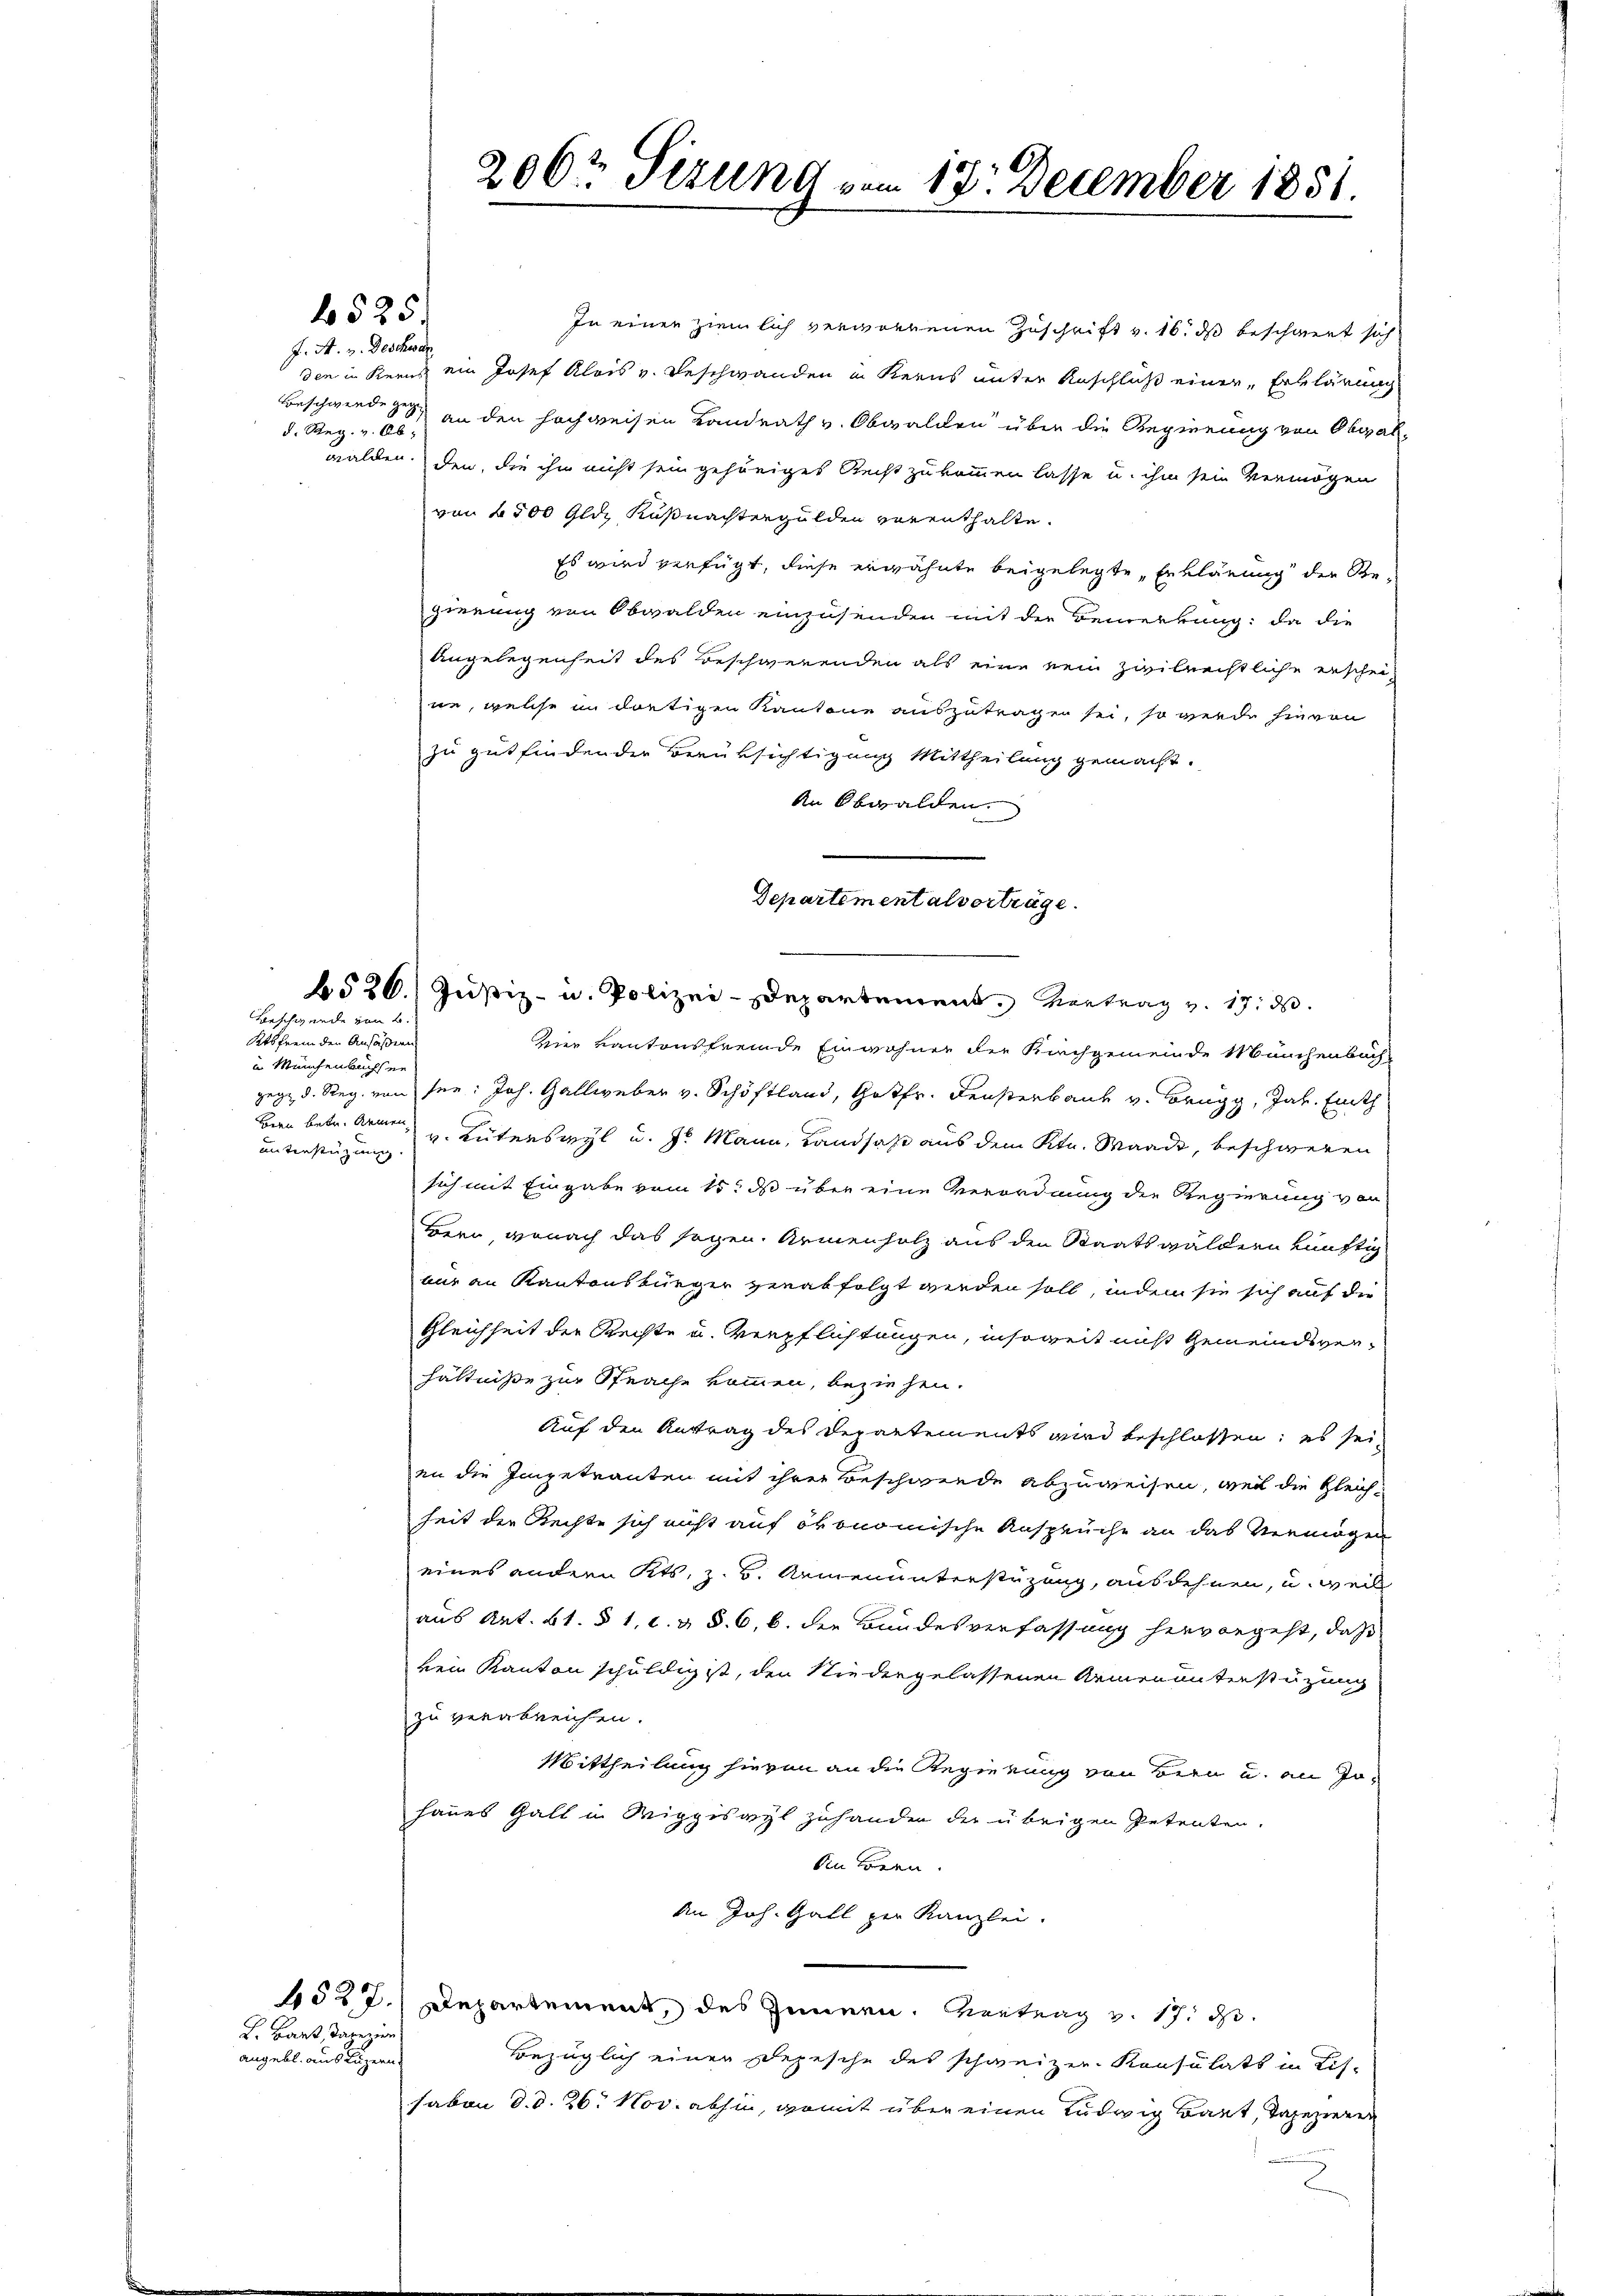
L. Bart, Tapezie
angebl. aus Luzern

J. A. v. Desheer
d. Reg. v. Abwalden.

1525

Ktsfrei den Ansäßeng
u Münchenbuchsen
unterstüzung

Beschwende von B.

In einen ziemlich verworbenen Zuschrift v. 16. ds beschwert sich
den in Kerns ein Josef Alois v. Beschwanden in Kerns unter Anschluß einer Erklärung
Beschwerde sey an den hochweisen Landrath v. Obwalden über die Regierung von Obwalden, die ihn nicht sein gehöriges Recht zukommen lasse u. ihm sein Vermögen
von 2500 Gldz, Küßnachtergulden verenthalte.
Es wird verfügt, diese erwähnte beigelegte Erklärung die Begierung von Obwalden einzusenden mit der Bemerkung: da die
Angelegenheit des Beschwerenden als eine kein zivilrechtliche erschei-
ue, welche in dortigen Kantone auszutragen sei, so werde hievon
zu gutfindender Berüksichtigung Mittheilung gemacht.
An Obwalden.
Departementalverträge.

206r Firung vom 13. December 1851.

6526. Justiz- u. Polizei-Departement. Vortrag v. 17. d.

vier kantonsfremde Einwohner der Kirchgemeinde Münchenbach-
gegen d. Reg. von ser: Joh. Gallweber v. Schöffland, Gottfr. Fensterbank v. Brugg, Jak. Einth
Bern betr. Armen u. Güterswyl u. 7. Mann, Landsast aus dem Ktn. Waadt, beschweren
sich mit Eingabe vom 15t ds über eine Verordnung der Regierung von
Bern, wonach das sagen. Armenholz aus den Staatswäldern künftig
nur an Kantonsbürger verabfolgt werden soll, indem sie sich auf die
Gleichheit der Rechte u. Verpflichtungen, insoweit nicht Gemeindsver-
hältniße zur Sprache kommen, beziehen.
Auf den Antrag des Departements wird beschlossen; es sei,
en die Impetranten mit ihrer Beschwerde abzuweisen, weil die Gleich-
heit der Rechte sich nicht auf ökonomische Ansprüche an das Vermögen
eines andern Kts. z. B. Armenunterstüzung, ausdehnen, u. weil
aus Art. 61. § 1, c. v. §. 6, 6. die Bundesverfassung hervorgeht, daß
kein Kanton schuldig ist, den Niedergelassenen Armenunterstüzung
zu verabreichen.
Mittheilung hievon an die Regierung von Bern u. an Johanes Gall in Wippiswyl zuhanden die übrigen Petenten.
din Bern.
An Joh. Gall zur Kanzlei.
1527. Departement, des Innern. Vertrag v. 17. d.
Bezüglich einen Depesche des schweizer-Konsulats in Lis-
saben d. d. 26. Nov. abhin, womit über einen Ludwig Bart, Tapezieren